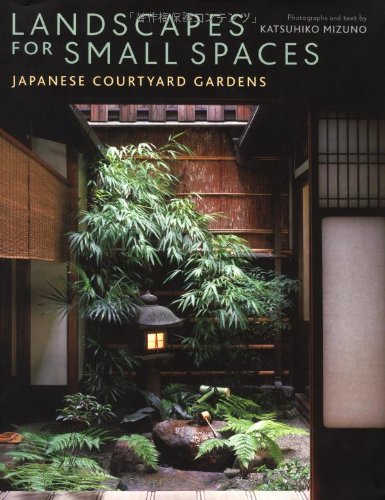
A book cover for Landscapes for Small Spaces: Japanese Courtyard Gardens; Katsuhiko Mizuno; Crafts, Hobbies & Home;